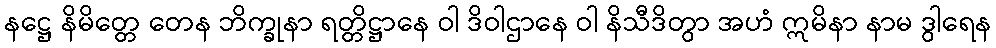
နဋ္ဌေ နိမိတ္တေ တေန ဘိက္ခုနာ ရတ္တိဋ္ဌာနေ ဝါ ဒိဝါဌာနေ ဝါ နိသီဒိတွာ အဟံ ဣမိနာ နာမ ဒွါရေန